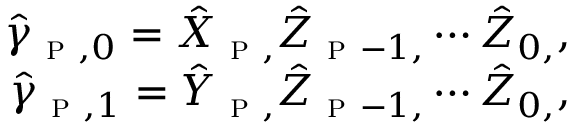
\begin{array} { r } { \hat { \gamma } _ { \textsc { p } , 0 } = \hat { X } _ { \textsc { p } , } \hat { Z } _ { \textsc { p } - 1 , } \cdots \hat { Z } _ { 0 , } , } \\ { \hat { \gamma } _ { \textsc { p } , 1 } = \hat { Y } _ { \textsc { p } , } \hat { Z } _ { \textsc { p } - 1 , } \cdots \hat { Z } _ { 0 , } , } \end{array}